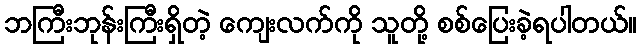
ဘကြီးဘုန်းကြီးရှိတဲ့ ကျေးလက်ကို သူတို့ စစ်ပြေးခဲ့ရပါတယ်။